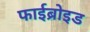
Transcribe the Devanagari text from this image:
फाईब्रोइड